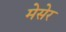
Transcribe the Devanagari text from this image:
मेसेर